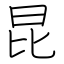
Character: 昆